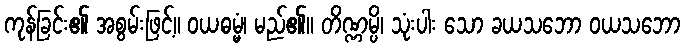
ကုန်ခြင်း၏ အစွမ်းဖြင့်။ ဝယဓမ္မံ၊ မည်၏။ တိဏ္ဏမ္ပိ၊ သုံးပါး သော ခယသဘော ဝယသဘော